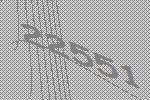
22551